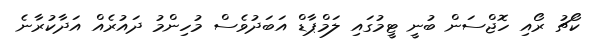
ކޯޗު ރޯއި ހޮޖްސަން ބުނީ ޓީމުގައި ލަމްޕާޑް އަބަދުވެސް މުހިންމު ދައުރެއް އަދާކުރާނެ